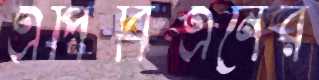
এপিবিএনের